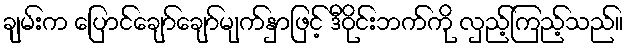
ချမ်းက ပြောင်ချော်ချော်မျက်နှာဖြင့် ဒီဝိုင်းဘက်ကို လှည့်ကြည့်သည်။